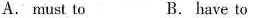
A. must to B. have to